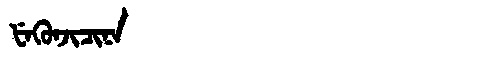
Manchu: ᡶᡝᡴᡠᠨᠵᡳᠴᡳᠨᠠ
Romanization: FEKUNJICINA